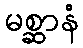
မစ္ဆာနံ